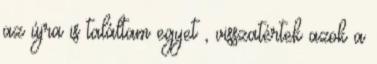
az újra is találtam egyet , visszatértek azok a